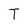
Character: T